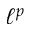
\ell ^ { p }